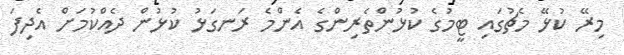
މިރޭ ކުޅޭ މެޗުގައި ޓީމުގެ ކުޅުންތެރިންގެ އެންމެ ރަނގަޅު ކުޅުން ދެއްކުމަށް އެދިފަ